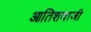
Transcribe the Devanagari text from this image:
आतिशवाजी